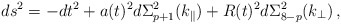
\begin{align*}ds^{2} = -dt^{2} + a(t)^{2} d\Sigma^{2}_{p+1}(k_\parallel) +R(t)^{2} d\Sigma^{2}_{8-p}(k_\perp) \, ,\end{align*}